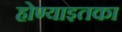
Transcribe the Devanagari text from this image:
होण्याइतका